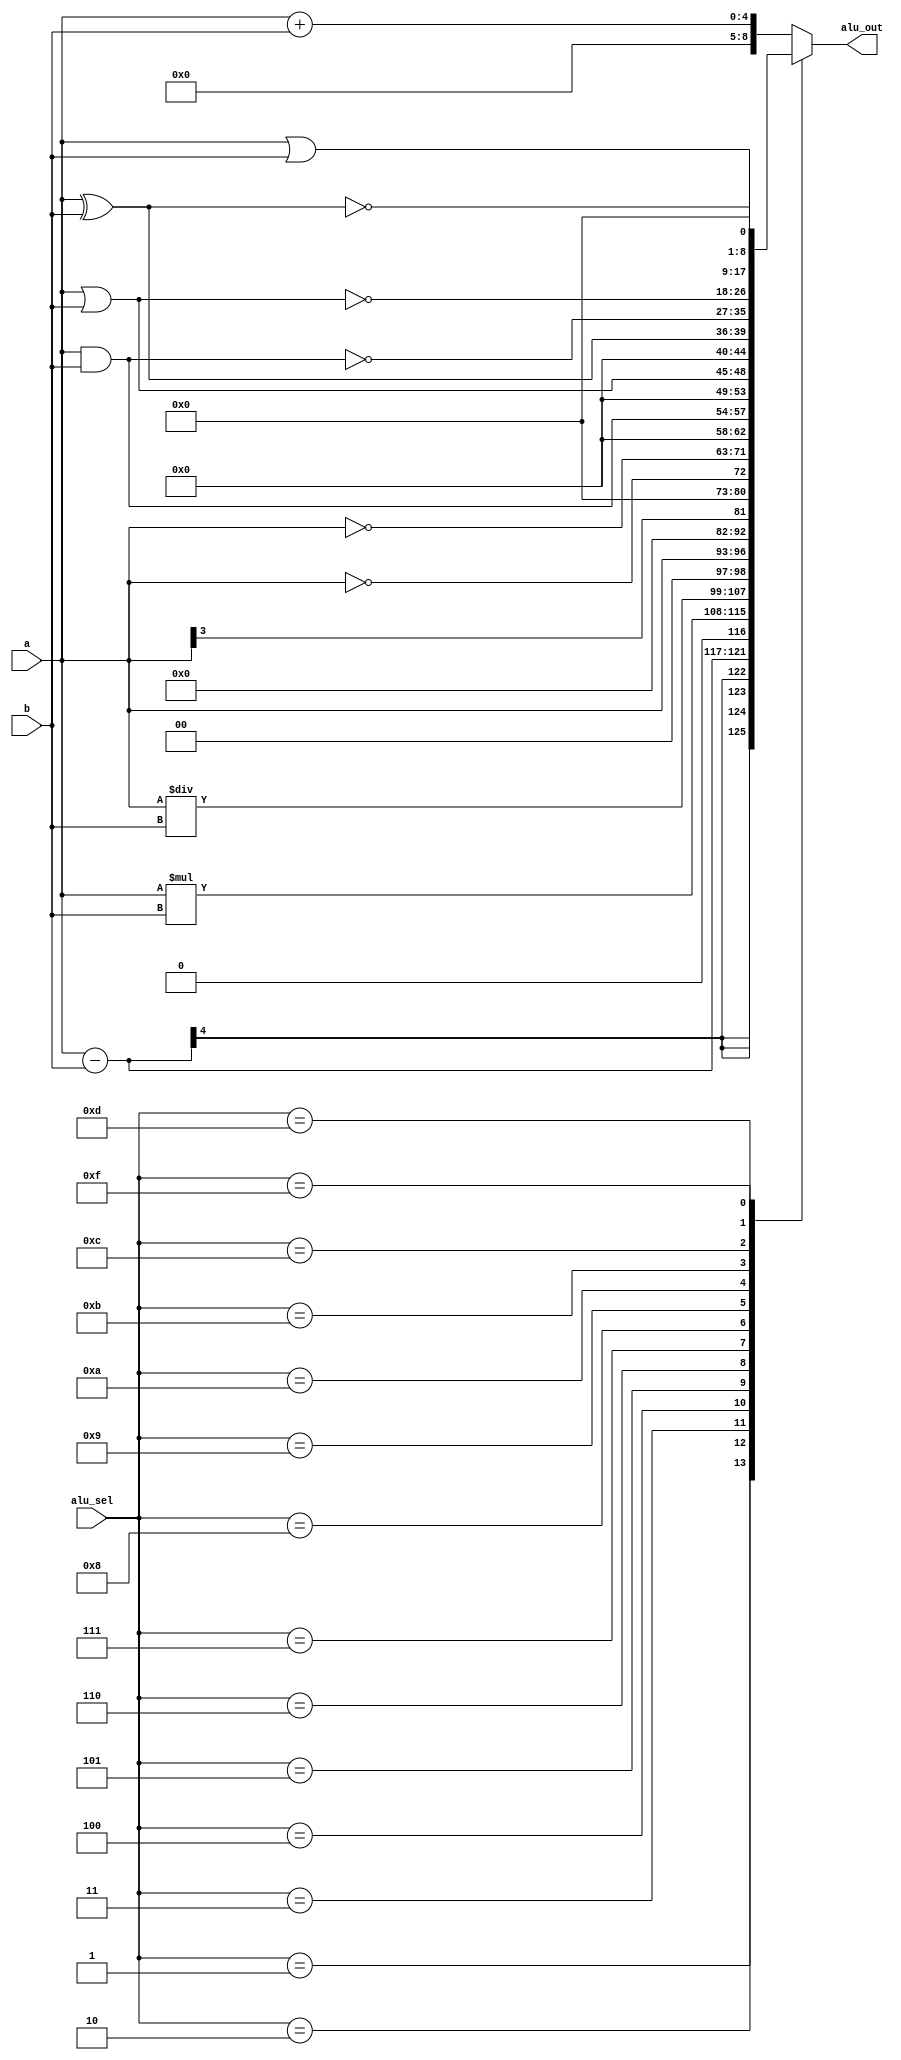
module alu(a,b,alu_sel,alu_out);
input [3:0]a,b;
input [3:0] alu_sel;
output reg [8:0] alu_out;
always@(a,b,alu_sel)
begin
case(alu_sel)
4'b0000:alu_out=a+b;
4'b0001:alu_out=a-b;
4'b0010:alu_out=a*b;
4'b0011:alu_out=a/b;
4'b0100:alu_out=a<<3;
4'b0101:alu_out=a>>3;
4'b0110:alu_out=!a;
4'b0111:alu_out=~a;
4'b1000:alu_out=a&b;
4'b1001:alu_out=a|b;
4'b1010:alu_out=a^b;
4'b1011:alu_out=~(a&b);
4'b1100:alu_out=~(a|b);
4'b1101:alu_out=~(a^b);
4'b1101:alu_out=a&&b;
4'b1111:alu_out=a||b;
default:alu_out=a+b;
endcase 
end
endmodule